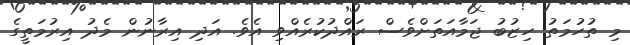
މި ތުހުމަތު ހިޒުބު ޖަމާއަތަށްވެސް ރައްދުކުރެއްވި އެވެ. އަދި އިރާނުން މެދު އިރުމަތީގެ